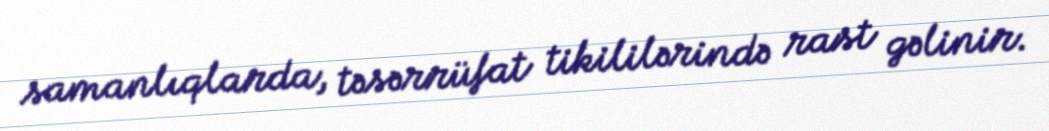
samanlıqlarda, təsərrüfat tikililərində rast gəlinir.